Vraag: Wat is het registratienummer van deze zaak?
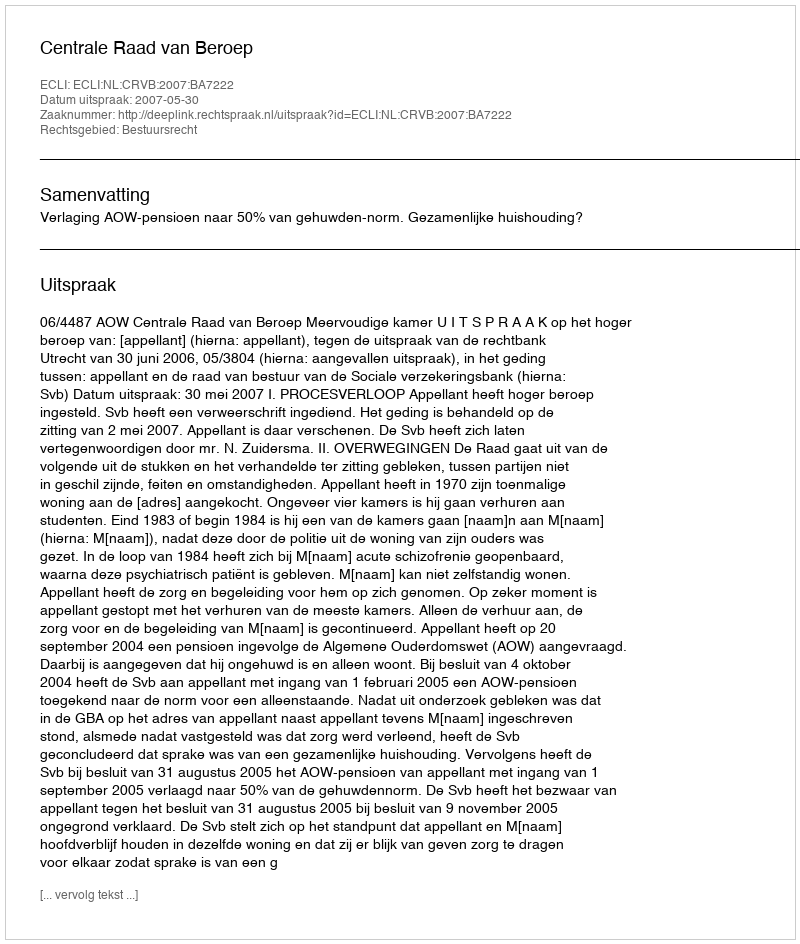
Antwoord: http://deeplink.rechtspraak.nl/uitspraak?id=ECLI:NL:CRVB:2007:BA7222